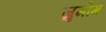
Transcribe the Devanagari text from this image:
जुमोंग